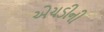
એચડીની